Vital statistics of India. Vol. VI, European troops 1870-79
Year: 1870
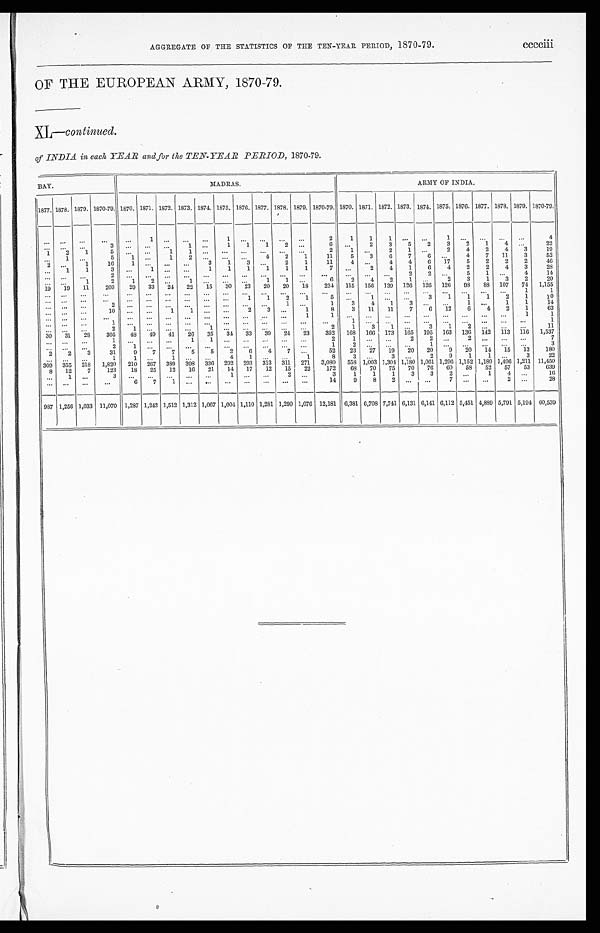
AGGREGATE OF THE STATISTICS OF THE TEN-YEAR PERIOD, 1870-79. cccciii
OF THE EUROPEAN ARMY, 1870-79.
XL—
continued.
of INDIA in each YEAR and for the TEN-YEAR PERIOD, 1870-79.
BAY.
MADRAS.
ARMY OF INDIA.
1877. 1878. 1879. 1870-79. 1870. 1871. 1872. 1873. 1874. 1875. 1876. 1877. 1878. 1879. 1870-79. 1870. 1871. 1872. 1873. 1874. 1875. 1876. 1877. 1878. 1879. 1870-79.
. . .
. . .
. . .
. . .
. . .
1
. . .
. . .
. . .
1
. . .
. . .
. . .
. . .
2
1
1
1
. . .
. . .
1
. . .
. . .
. . .
. . .
4
. . .
. . .
. . .
3
. . .
. . ....
1
...
1
1
1
2
. . .
6
. . .
2
3
5
2
3
2
1
4
. . .
22
1
2
1
5
. . .
. . .
1
1
. . .
. . .
. . .
. . .
. . .
. . .
2
1
. . .
2
1
. . .
2
4
2
4
3
19
. . .
1
. . .
5
. . . 1
...
1
2
. . .
. . .
. . .
4
2
1
11
5
3
6
7
6
. . .
4
7
11
3
52
2
. . .
1
16
1
. . .
. . .
. . .
3
1
3
. . .
2
1
11
4
. . .
4
4
6
17
5
2
2
2
46
. . .
1
1
3
. . .
1 ...
. . .
1
1
1
1
1
1
7
. . .
2
4
1
6
4
2
2
4
3
28
. . .
. . .
. . .
2
. . .
. . ....
. . .
. . .
. . .
. . .
. . .
. . .
. . . ...
. . .
. . .
. . .
2
2
. . .
5
1
. . .
4
14
. . .
. . .
1
2
1
2
...
1
. . .
. . .
. . .
1
1
...
6
2
4
2
1
. . .
2
3
1
3
2
20
19
19
11
203
29
33
24
22
15
30
23
2 0
20
18
234
115
156
139
126
126
126
98
88
107
74
1,155
. . .
...
. . .
. . .
. . .
...
. . .
. . .
. . .
. . .
. . .
. . .
. . .
. . .
. . .
. . .
. . .
. . .
. . .
. . .
. . .
. . .
. . .
. . .
1
1
. . . ...
. . .
. . .
. . .
...
. . .
. . .
. . .
...
1
1
2
1
5
. . .
1
. . .
. . .
3
1
1
1
2
1
10
. . . ...
. . .
2
. . .
. . .
. . .
. . .
. . .
. . .
. . .
. . .
1
. . .
1
3
4
1
3
. . .
. . .
1
...
1
1
14
. . .
. . .
. . .
10
. . .
. . .
1
1
. . .
. . .
2
3
. . .
1
8
3
11
11
7
6
12
6
4
2
1
63
. . . ...
. . .
. . .
. . .
. . .
...
. . .
. . .
. . .
. . .
...
. . .
1
1
. . .
. . .
. . .
. . .
. . .
. . .
. . .
. . .
. . .
1
1
. . .
. . .
. . .
1
. . .
. . .
. . .
...
...
. . .
. . .
...
. . .
. . .
1
. . .
. . .
. . .
. . .
. . .
. . .
. . .
. . .
. . .
1
. . . ...
. . .
2
1
. . .
...
. . .
1
...
. . .
. . .
. . .
...
2
1
3
1
. . .
3
1
2
. . .
. . .
. . .
11
30
31
28
305
4 8 49
41
26
35
34
33
39
24
23
352
168
166
173
165
195
163
136
142
113
116
1,537
. . . ...
. . .
1
. . .
. . ....
1 1
. . .
. . .
. . .
. . .
. . .
2
1
. . .
. . .
2
2
. . .
2
. . .
. . .
. . .
7
. . .
. . .
. . .
2
1
. . ....
. . ....
. . .
. . .
. . .
. . .
. . .
1
2
. . .
. . .
. . .
1
. . .
. . .
. . .
. . .
. . .
3
2
2
3
31
9
7
7
5
5
2
6
4
7
. . .
52
23
27
19
20
20
9
20
14
15
13
180
...
. . .
. . .
1
1
...
1
. . .
. . .
4
1
...
...
1
8
3
...
3
. . .
2
9
1
1
...
3
22
309
355
218
1,820
210
267
389
398
336
292
293
313
311
271
3,080
558 1,003 1,304 1,180 1,061 1,296 1,152 1,189 1,496 1,211 11,450
8
12
7
123
18
25
12
16
21
14
17
12
15
22
172
68
70
75
70
76
60
58
52
57
53
639
. . .
1
. . .
3
. . .
. . .
. . .
. . ....
1
. . .
. . .
2
...
3
1
1
1
3
3
2
...
1
4
...
16
. . .
. . .
...
...
6
7
1
. . ....
. . .
. . .
. . .
. . .
. . .
14
9
8
2
...
...
7
. . .
. . .
2
...
28
987 1,256 1,033 11,070 1,287 1,242 1,512 1,312 1,067 1,004 1,110 1,281 1,290 1,076 12,181 6,381 6,708 7,741 6,131 6,141 6,112 5,451 4,889 5,791 5,194 60,539